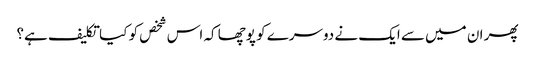
پھر ان میں سے ایک نے دوسرے کو پوچھا کہ اس شخص کو کیا تکلیف ہے؟